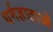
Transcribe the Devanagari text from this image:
धर्मज्ञाताओं